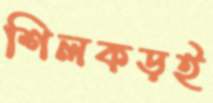
শিলকড়ই